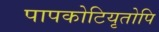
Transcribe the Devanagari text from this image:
पापकोटियृतोपि